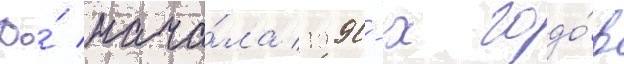
До́ нача́ла 1990-х годо́в